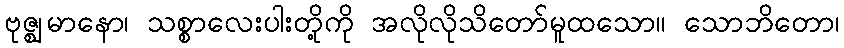
ဗုဇ္ဈမာနော၊ သစ္စာလေးပါးတို့ကို အလိုလိုသိတော်မူထသော။ သောဘိတော၊